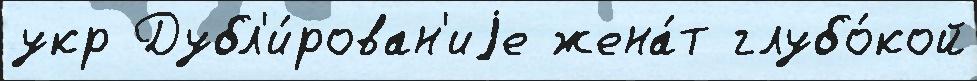
укр Дубл'и́рован'иjе жена́т глубо́кой